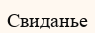
Свиданье